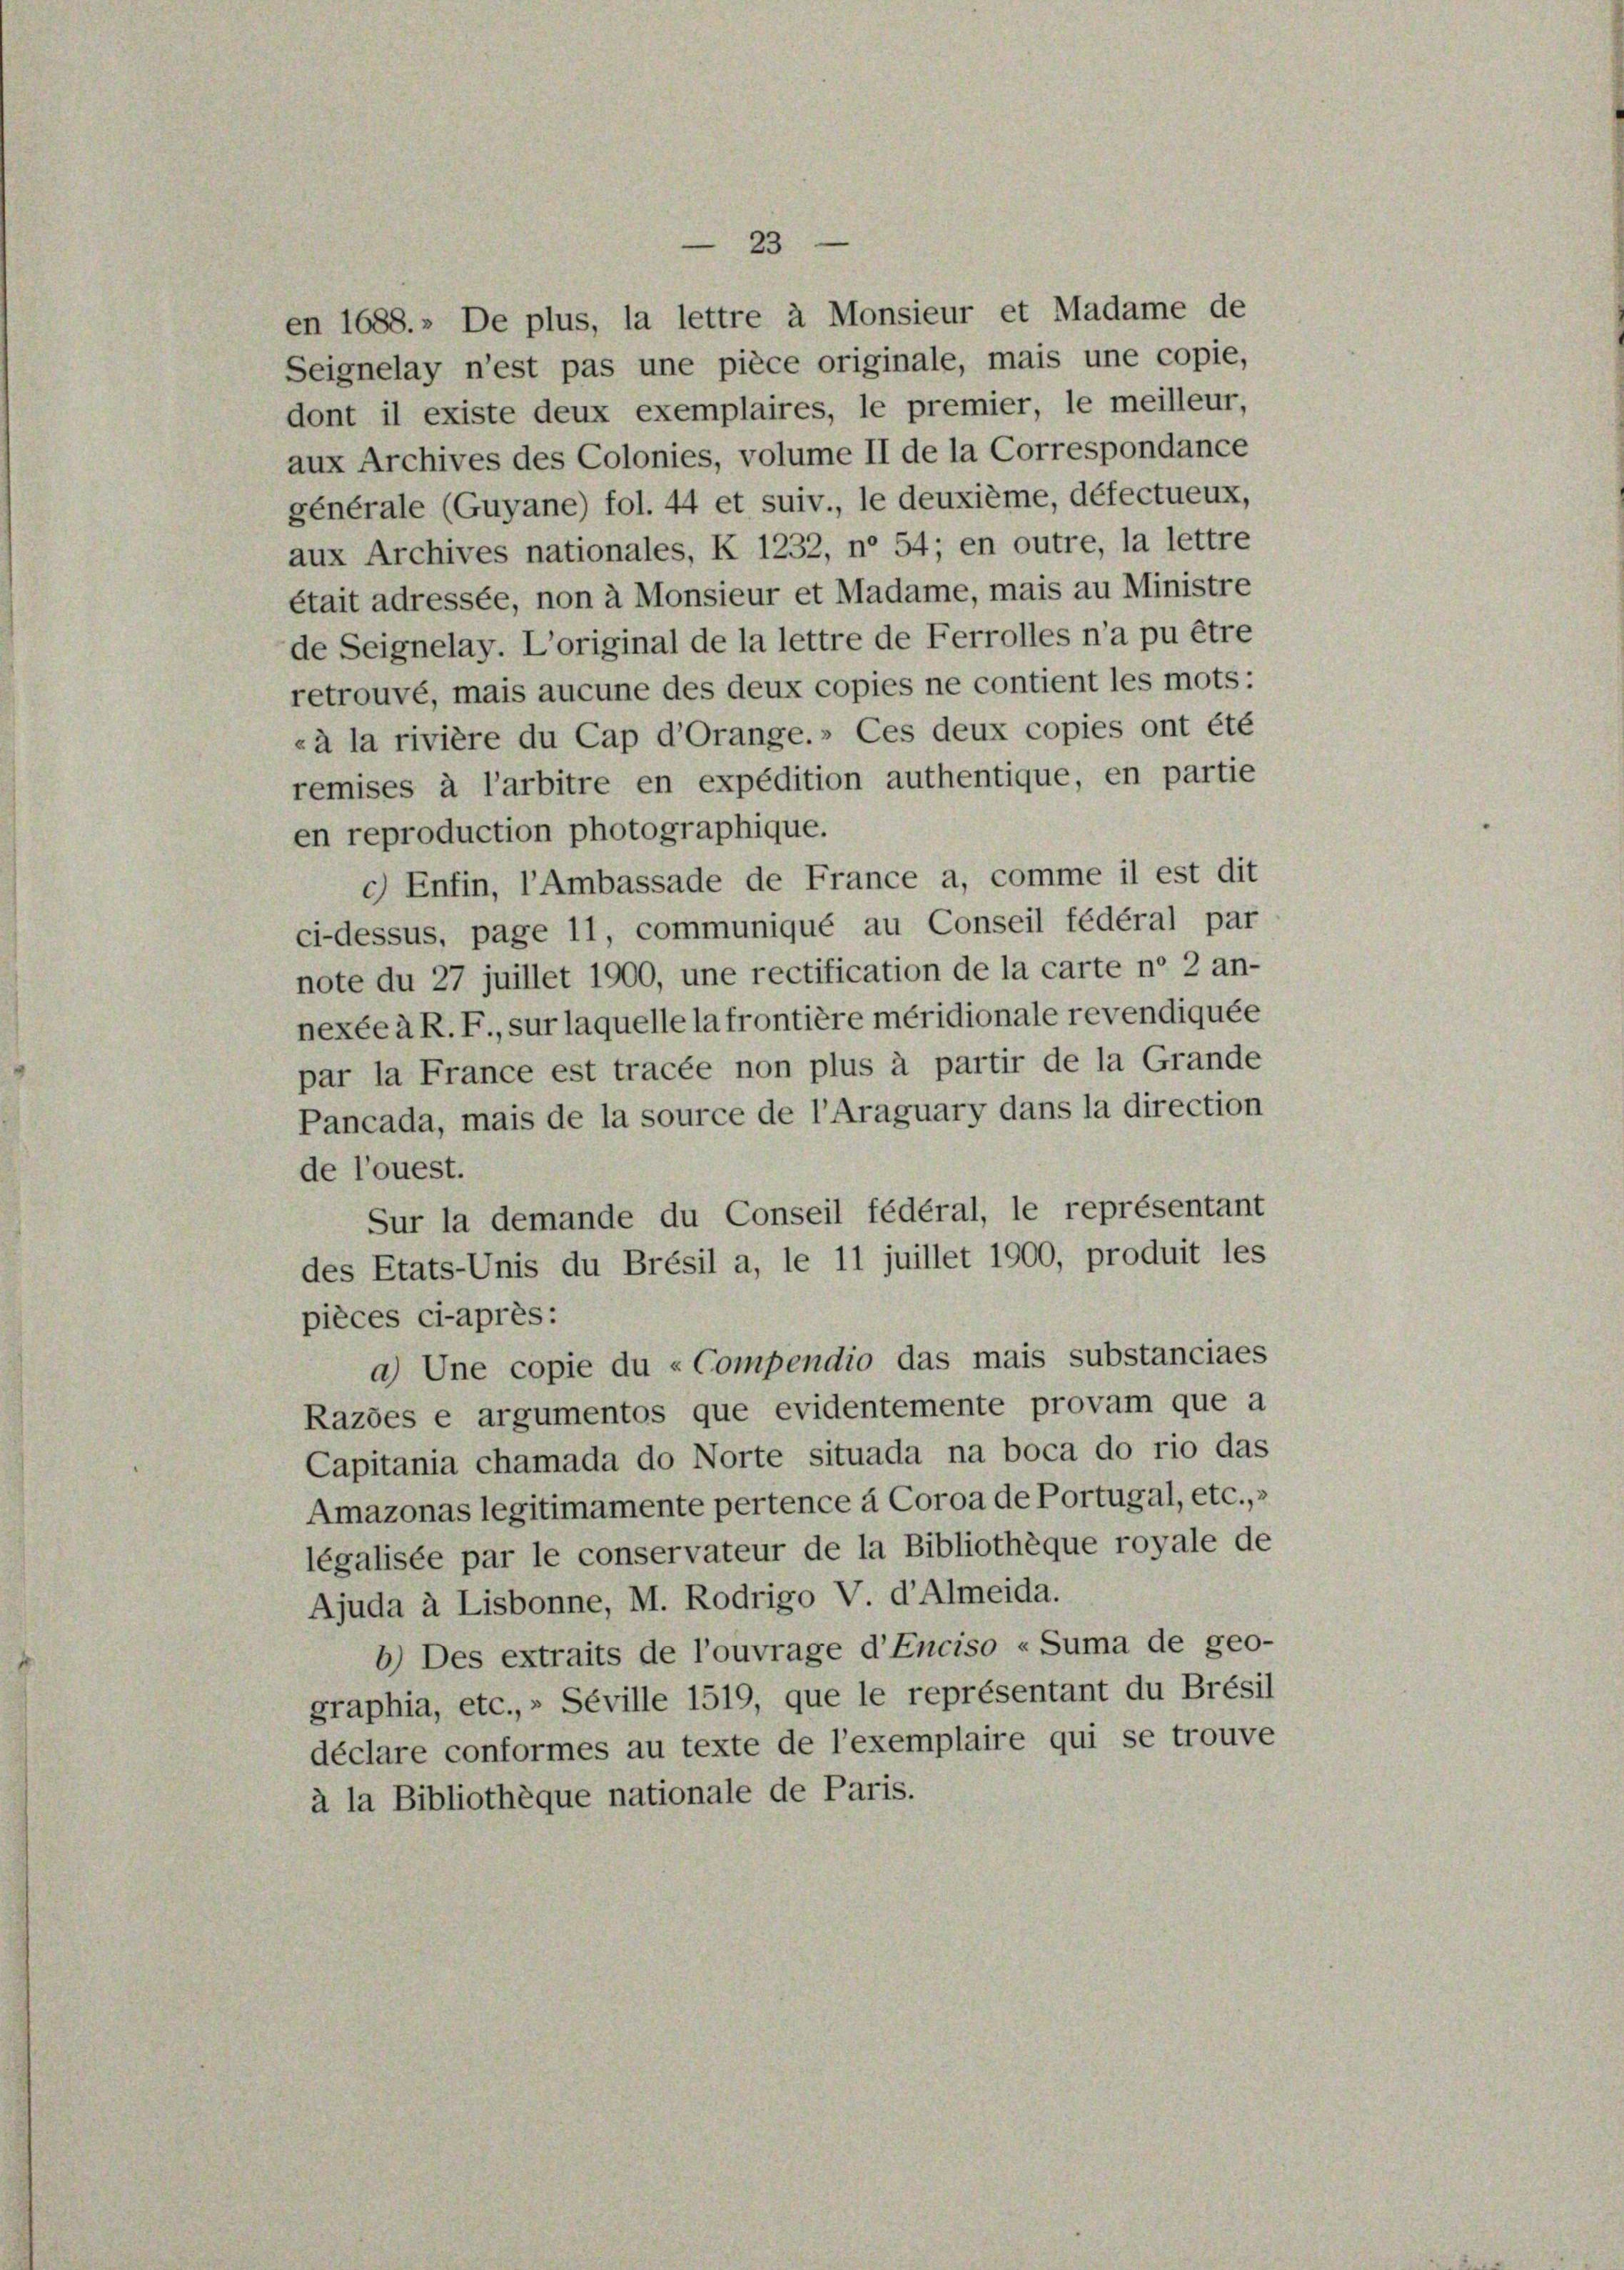
en reproduction photographique.
c) Enfin, l’Ambassade de France a, comme il est dit
ci-dessus, page 11, communiqué au Conseil fédéral par
note du 27 juillet 1900, une rectification de la carte ne 2 an-
nexée à R. F., sur laquelle la frontière méridionale revendiquée
par la France est tracée non plus à partir de la Grande
Pancada, mais de la source de l’Araguary dans la direction
de l’ouest.
Sur la demande du Conseil fédéral, le représentant
des Etats-Unis du Brésil a, le 11 juillet 1900, produit les
pièces ci-après:
a) Une copie du «Compendio das mais substanciaes
Razöes e argumentos que evidentemente provam que a
Capitania chamada do Norte situada na boca do rio das
Amazonas legitimamente pertence à Coroa de Portugal, etc.,
légalisée par le conservateur de la Bibliothèque royale de
Ajuda à Lisbonne, M. Rodrigo V. d’Almeida.
b) Des extraits de l’ouvrage d’Enciso «Suma de geo-
graphia, etc.,» Séville 1519, que le représentant du Brési
déclare conformes au texte de l’exemplaire qui se trouve
à la Bibliothèque nationale de Paris.

en 1688.» De plus, la lettre à Monsieur et Madame de
Seignelay n’est pas une pièce originale, mais une copie,
dont il existe deux exemplaires, le premier, le meilleur,
aux Archives des Colonies, volume II de la Correspondance
générale (Guyane) fol. 44 et suiv., le deuxième, défectueux,
aux Archives nationales, K 1232, n° 54; en outre, la lettre
était adressée, non à Monsieur et Madame, mais au Ministre
de Seignelay. L’original de la lettre de Ferrolles n’a pu être
retrouvé, mais aucune des deux copies ne contient les mots:
«à la rivière du Cap d’Orange.» Ces deux copies ont été
remises à l’arbitre en expédition authentique, en partie